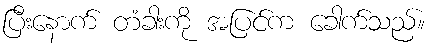
ပြီးနောက် တံခါးကို အပြင်က ခေါက်သည်။